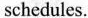
schedules.